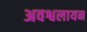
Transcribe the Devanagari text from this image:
अवश्वलायन